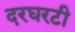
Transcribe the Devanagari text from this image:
दरघरटी